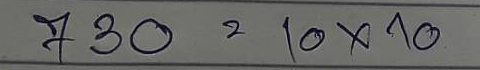
730 = 10 x 10